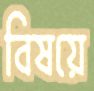
বিষয়ে